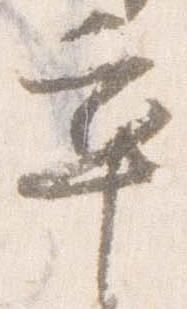
卒